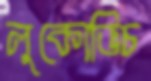
লুকোভিচ